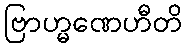
ဗြာဟ္မဏေဟီတိ